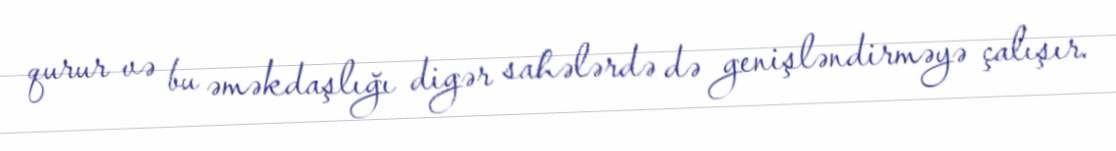
qurur və bu əməkdaşlığı digər sahələrdə də genişləndirməyə çalışır.